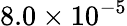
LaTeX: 8.0\times 10^{-5}